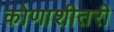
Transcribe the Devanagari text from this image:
कोणाशीतरी